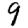
Digit: 9